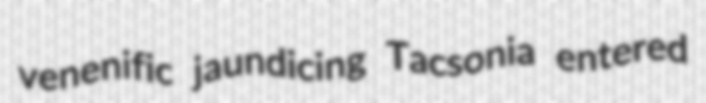
venenific jaundicing Tacsonia entered